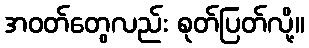
အဝတ်တွေလည်း စုတ်ပြတ်လို့။